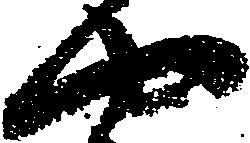
や